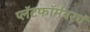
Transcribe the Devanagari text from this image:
प्लॅटफॉर्मवरचं